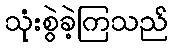
သုံးစွဲခဲ့ကြသည်